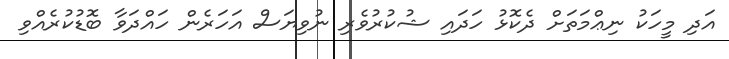
އަދި މީހަކު ނިޢްމަތަށް ދެކޮޅު ހަދައި ޝުކުރުވެރި ނުވިޔަސް އަހަރެން ހައްދަވާ ބޮޑުކުރެއްވި